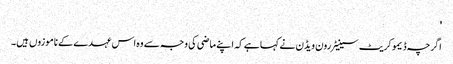
'
اگرچہ ڈیموکریٹ سینیٹر رون ویڈن نے کہا ہے کہ اپنے ماضی کی وجہ سے وہ اس عہدے کے ناموزوں ہیں۔